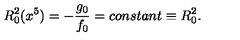
R _ { 0 } ^ { 2 } ( x ^ { 5 } ) = - \frac { g _ { 0 } } { f _ { 0 } } = c o n s t a n t \equiv R _ { 0 } ^ { 2 } .